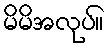
မိမိအလုပ်။